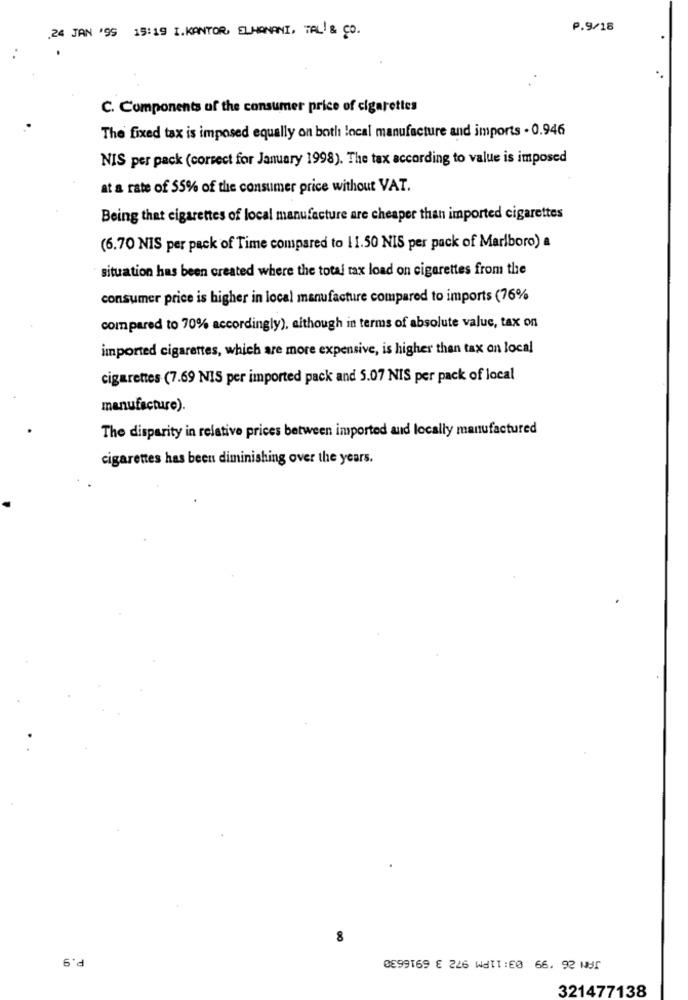
.24 JAN '95 15:19 I.KANTOR, ELHANANI, TAL/ & Co.
P.9/18
C. Components of the consumer price of cigarettes
The fixed tax is imposed equally on both local manufacture and imports - 0.946
NIS per pack (correct for January 1998). The tax according to value is imposed
at a rate of 55% of the consumer price without VAT.
Being that cigarettes of local manufacture are cheaper than imported cigarettes
(6.70 NIS per pack of Time compared to 11.50 NIS per pack of Marlboro) a
situation has been created where the total tax load on cigarettes from the
consumer price is higher in local manufacture compared to imports (76%
compared to 70% accordingly), aithough in terms of absolute value, tax on
imported cigarettes, which are more expensive, is higher than tax on local
cigarettes (7.69 NIS per imported pack and 5.07 NIS per pack of local
manufacture).
The disparity in relative prices between imported and locally manufactured
cigarettes has been diminishing over the years.
8
P.9
0099169 € 226 WAT1:0 66. 92 195
321477138